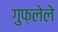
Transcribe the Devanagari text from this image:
गुफ़लेले